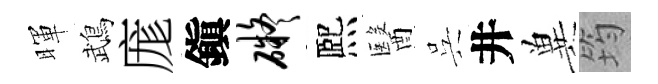
暉鵡庬鎭碍熈醫呉井兾筠